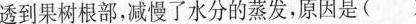
透到果树根部，减慢了水分的蒸发，原因是( )